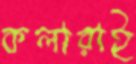
কলারাই